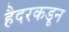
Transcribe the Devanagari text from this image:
हैदरकडून